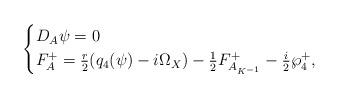
LaTeX: \begin{align*} \begin{cases}D_{A} \psi =0 \\F_{A}^+= \frac{r}{2}(q_4 (\psi) - i \Omega_X) - \frac{1}{2}F_{A_{K^{-1}}}^+ - \frac{i}{2} \wp_4^+, \end{cases}\end{align*}